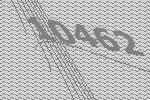
10462